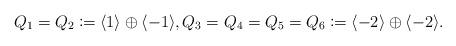
LaTeX: \begin{align*}Q_1=Q_2\coloneqq \langle 1\rangle\oplus \langle -1\rangle,Q_3=Q_4=Q_5=Q_6\coloneqq \langle -2\rangle\oplus\langle -2\rangle.\end{align*}